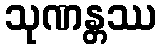
သုဏန္တဿ